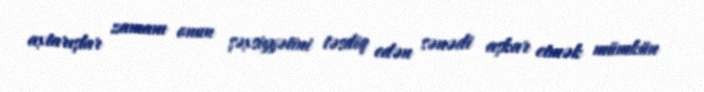
axtarışlar zamanı onun şəxsiyyətini təsdiq edən sənədi aşkar etmək mümkün